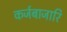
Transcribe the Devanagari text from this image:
कर्जबाजारि